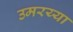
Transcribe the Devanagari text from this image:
उमरय्या